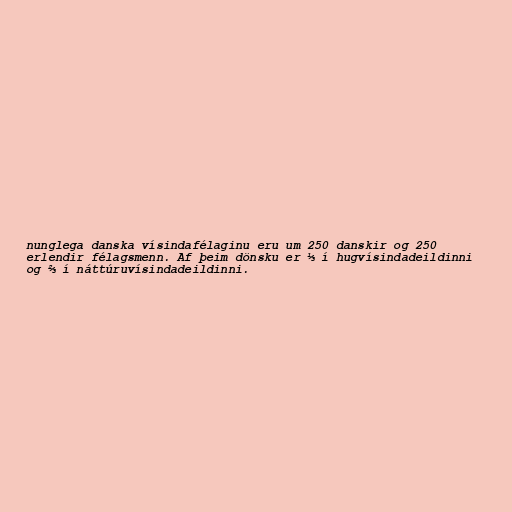
nunglega danska vísindafélaginu eru um 250 danskir og 250
erlendir félagsmenn. Af þeim dönsku er ⅓ í hugvísindadeildinni
og ⅔ í náttúruvísindadeildinni.